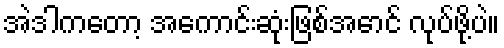
အဲဒါကတော့ အကောင်းဆုံးဖြစ်အောင် လုပ်ဖို့ပဲ။